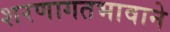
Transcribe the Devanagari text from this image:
शरणागतभावाने